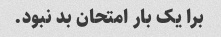
برا یک بار امتحان بد نبود.